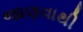
જાણવાથી